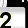
Digit: 2